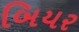
બિયર